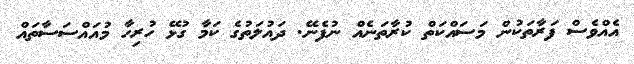
އެއްވެސް ފަރާތަކުން މަސައްކަތް ކުރާތަނެއް ނުފެނޭ. ދައުލަތުގެ ކަމާ ގުޅޭ ހުރިހާ މުއައްސަސާތައް